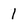
Character: 1